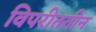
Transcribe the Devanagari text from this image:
विपरीततीन